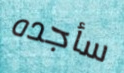
سأجده